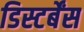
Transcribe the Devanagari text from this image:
डिस्टर्बेंस